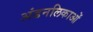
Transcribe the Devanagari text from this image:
अंडनलिकाओं